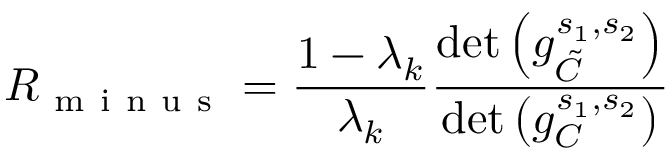
R _ { \mathrm { ~ m ~ i ~ n ~ u ~ s ~ } } = \frac { 1 - \lambda _ { k } } { \lambda _ { k } } \frac { \operatorname* { d e t } \left( g _ { \tilde { C } } ^ { s _ { 1 } , s _ { 2 } } \right) } { \operatorname* { d e t } \left( g _ { C } ^ { s _ { 1 } , s _ { 2 } } \right) }